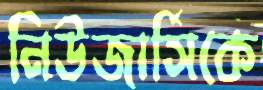
নিউজার্সিকে